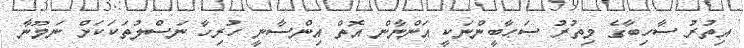
އިތުރު ސާހިބާގެ މިތުރު ޞަޙާބީންނަކީ އަންނާން އޮތް އިންސާނީ ހުރިހާ ނަސްލުތަކަކަށް ނަމޫނާ